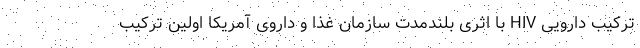
ترکیب دارویی HIV با اثری بلندمدت سازمان غذا و داروی آمریکا اولین ترکیب